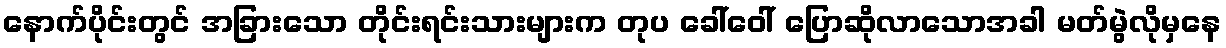
နောက်ပိုင်းတွင် အခြားသော တိုင်းရင်းသားများက တုပ ခေါ်ဝေါ် ပြောဆိုလာသောအခါ မတ်မွဲလိုမှနေ